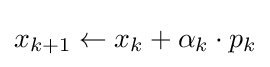
x_{k+1}\leftarrow x_{k}+\alpha _{k}\cdot p_{k}